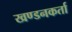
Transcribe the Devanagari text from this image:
खण्डनकर्ता